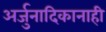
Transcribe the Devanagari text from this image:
अर्जुनादिकानाही